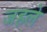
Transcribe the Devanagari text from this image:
जहले